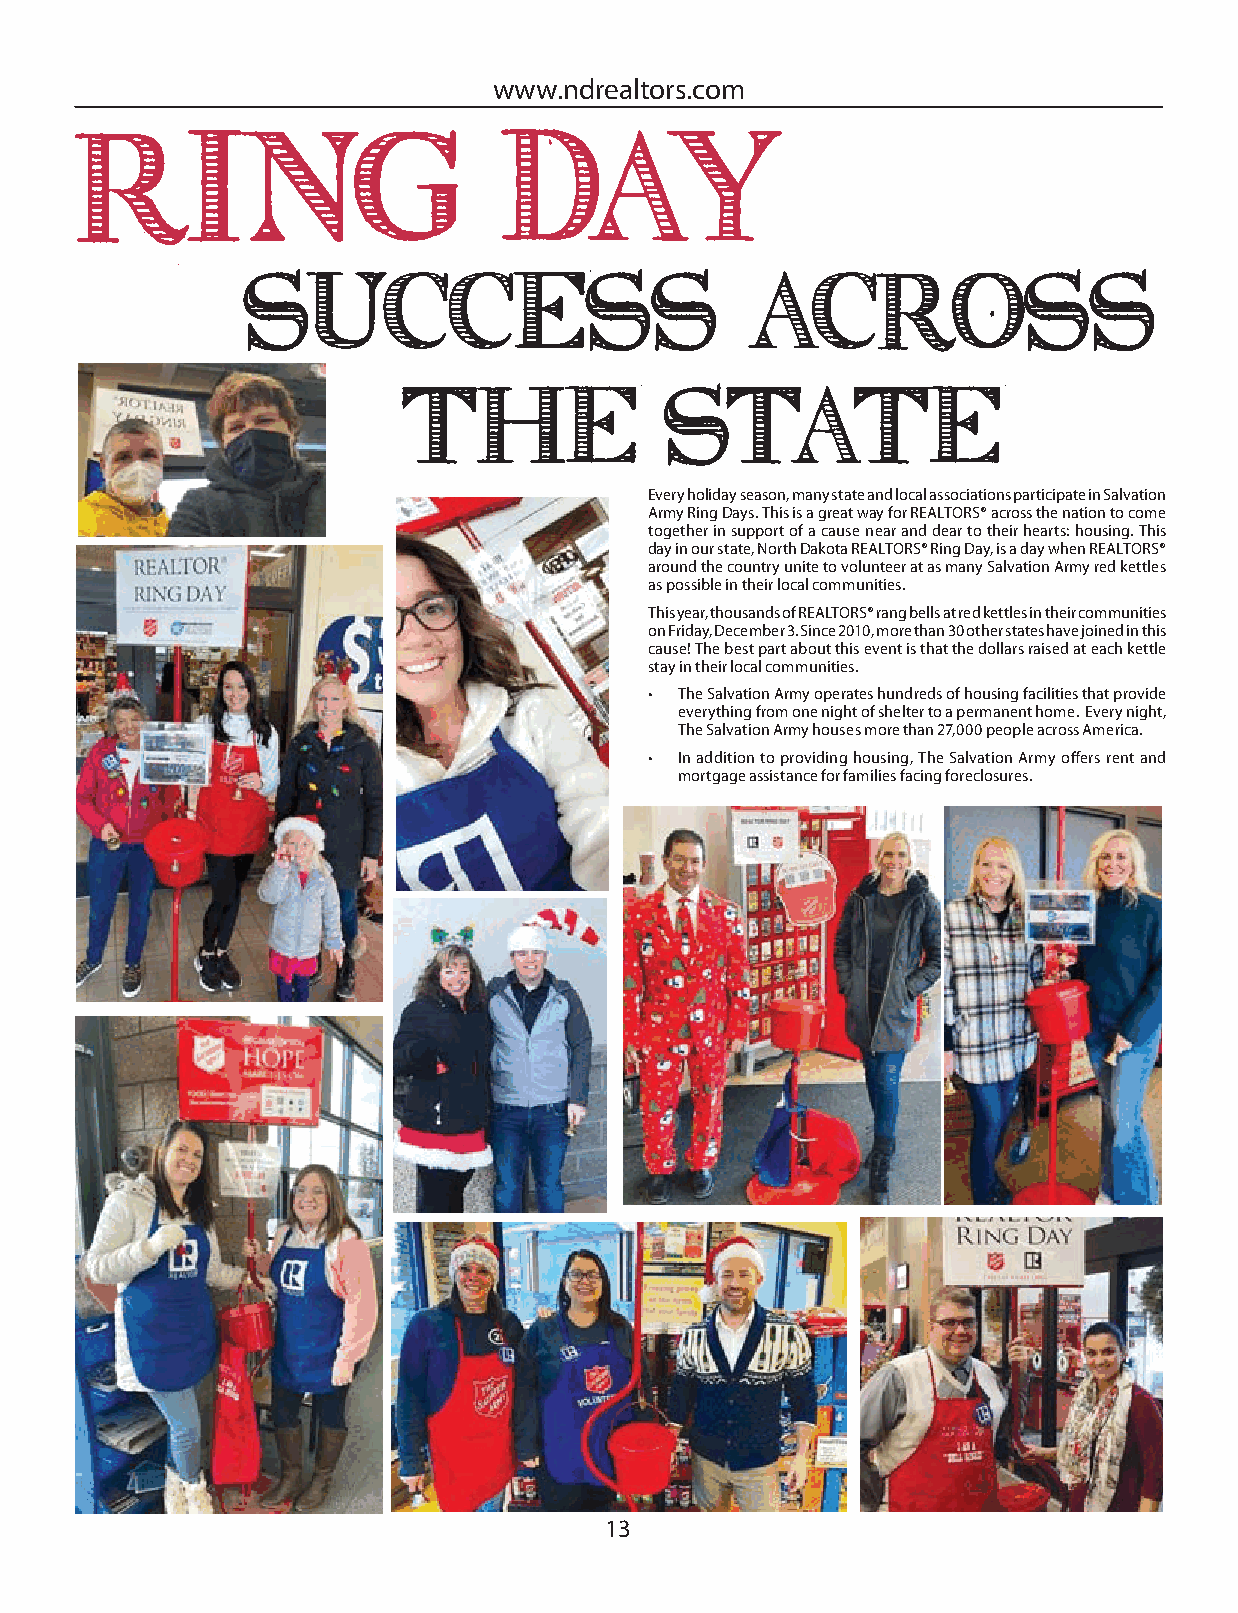
www.ndrealtors.com
 Ring                        Day
 Success                           Across
 the              State
 Every holiday season, many state and local associations participate in Salvation
 Army Ring Days. This is a great way for REALTORS® across the nation to come
 together in support of a cause near and dear to their hearts: housing. This
 day in our state, North Dakota REALTORS® Ring Day, is a day when REALTORS®
 around the country unite to volunteer at as many Salvation Army red kettles
 as possible in their local communities.
 This year, thousands of REALTORS® rang bells at red kettles in their communities
 on Friday, December 3. Since 2010, more than 30 other states have joined in this
 cause! The best part about this event is that the dollars raised at each kettle
 stay in their local communities.
 • The Salvation Army operates hundreds of housing facilities that provide
 everything from one night of shelter to a permanent home. Every night,
 The Salvation Army houses more than 27,000 people across America.
 • In addition to providing housing, The Salvation Army off ers rent and
 mortgage assistance for families facing foreclosures.
 13